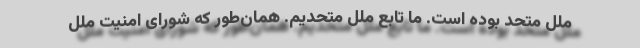
ملل متحد بوده است. ما تابع ملل متحدیم. همان‌طور که شورای امنیت ملل